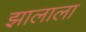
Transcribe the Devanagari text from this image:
झालाला